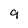
Character: 9